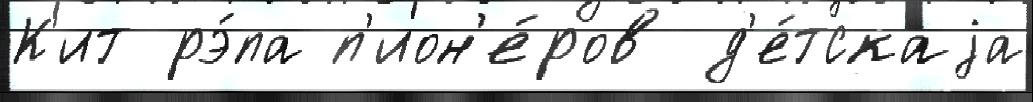
К'ит рэ́па п'ион'е́ров д'е́тскаjа